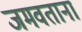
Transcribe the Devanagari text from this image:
जमवताना